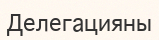
Делегацияны